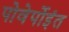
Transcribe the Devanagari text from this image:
पोवेर्पोइंत